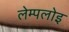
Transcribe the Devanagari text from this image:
लेम्पलोइ